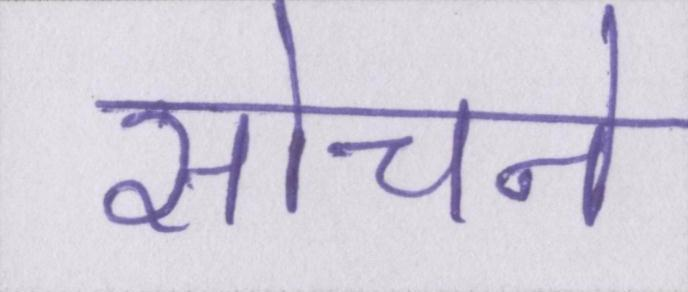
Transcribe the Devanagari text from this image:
सोचने